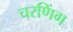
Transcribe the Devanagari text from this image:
चरणिंग